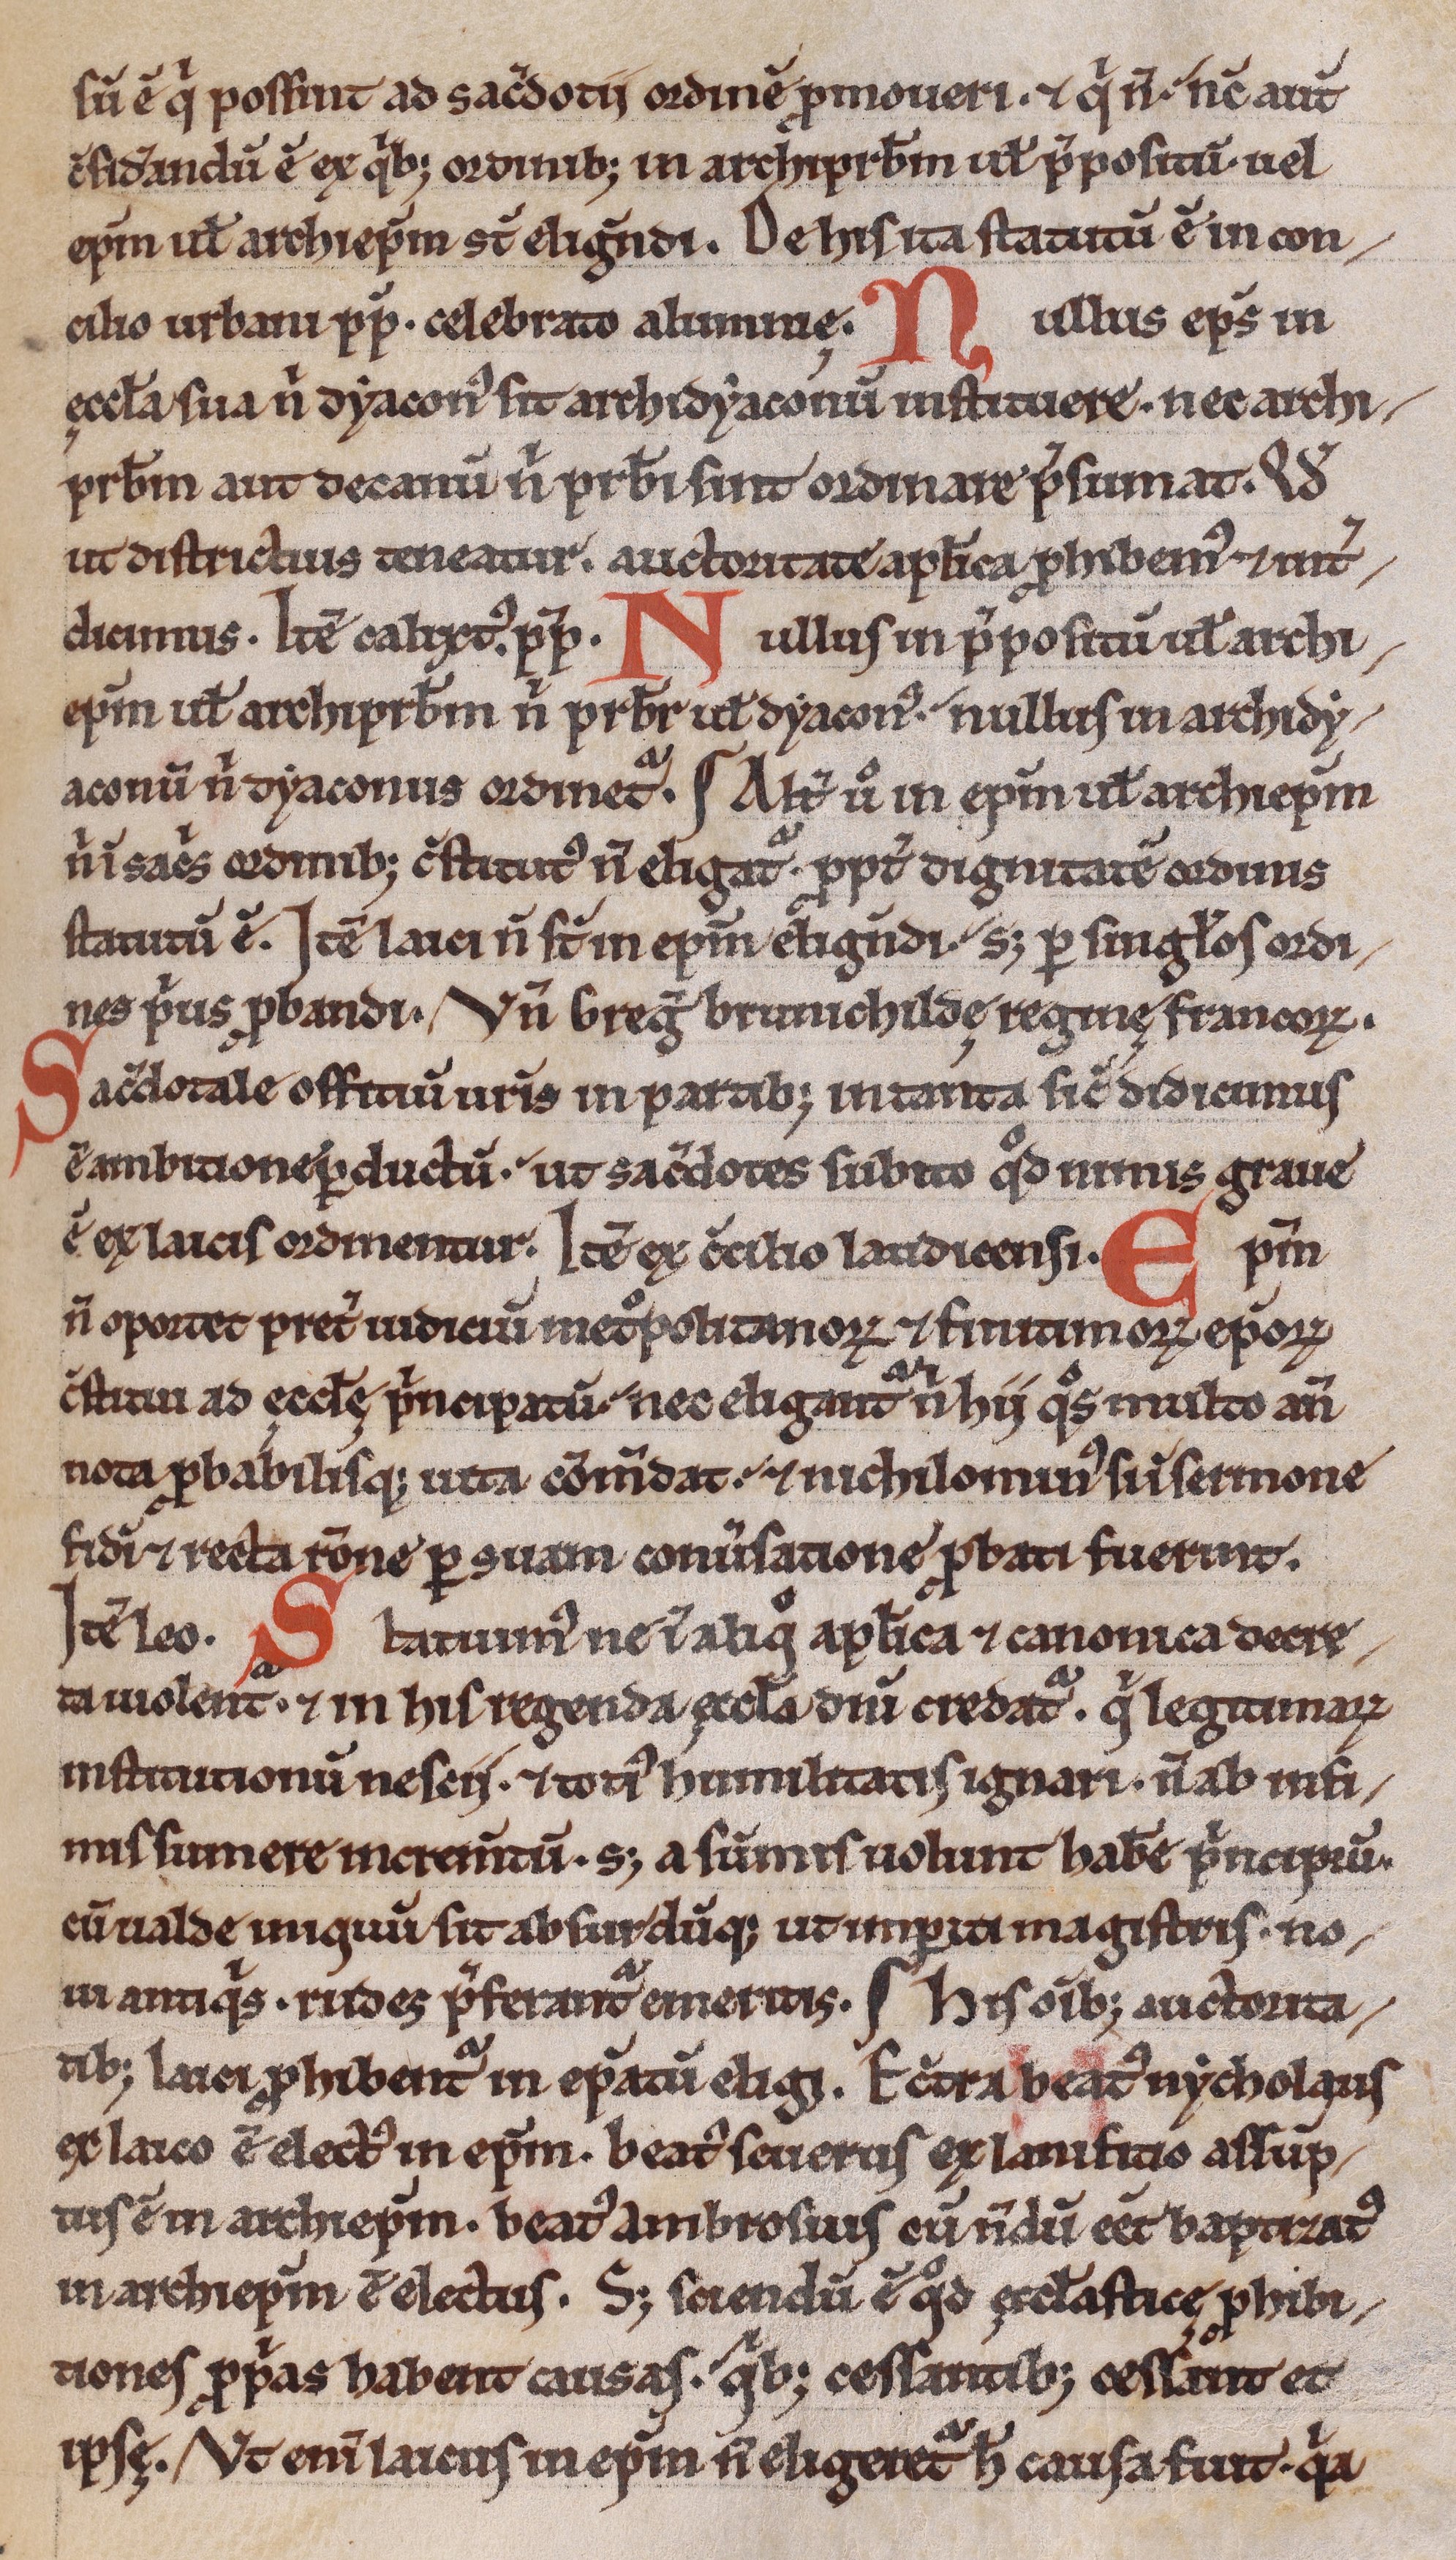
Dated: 1200–1230